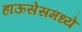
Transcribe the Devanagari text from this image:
हाऊसेसमध्ये